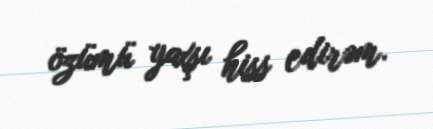
özümü yaxşı hiss edirəm.